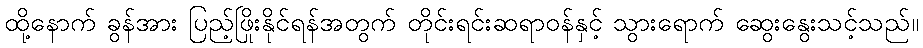
ထို့နောက် ခွန်အား ပြည့်ဖြိုးနိုင်ရန်အတွက် တိုင်းရင်းဆရာဝန်နှင့် သွားရောက် ဆွေးနွေးသင့်သည်။